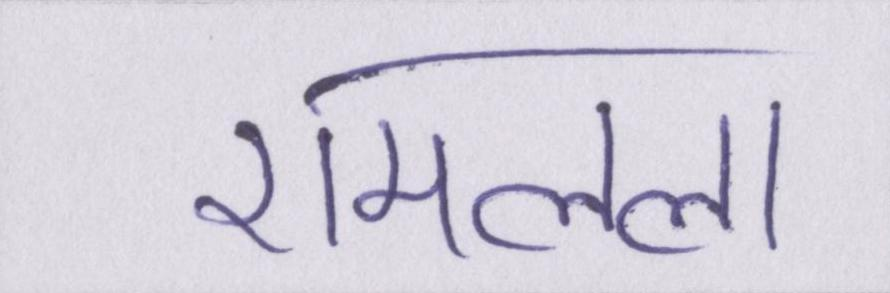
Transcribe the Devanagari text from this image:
रामलला